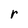
Character: r